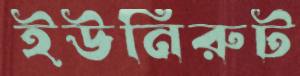
ইউনিরুট